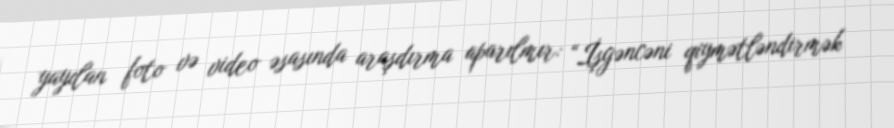
yayılan foto və video əsasında araşdırma aparılmır: “İşgəncəni qiymətləndirmək